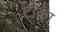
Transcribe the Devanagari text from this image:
टी़का